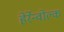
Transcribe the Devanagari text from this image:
हेर्रेन्वोल्क